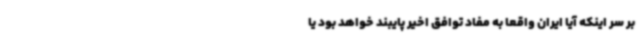
بر سر اینکه آیا ایران واقعا به مفاد توافق اخیر پایبند خواهد بود یا